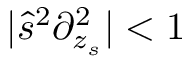
| \hat { s } ^ { 2 } \partial _ { z _ { s } } ^ { 2 } | < 1